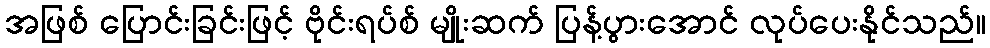
အဖြစ် ပြောင်းခြင်းဖြင့် ဗိုင်းရပ်စ် မျိုးဆက် ပြန့်ပွားအောင် လုပ်ပေးနိုင်သည်။